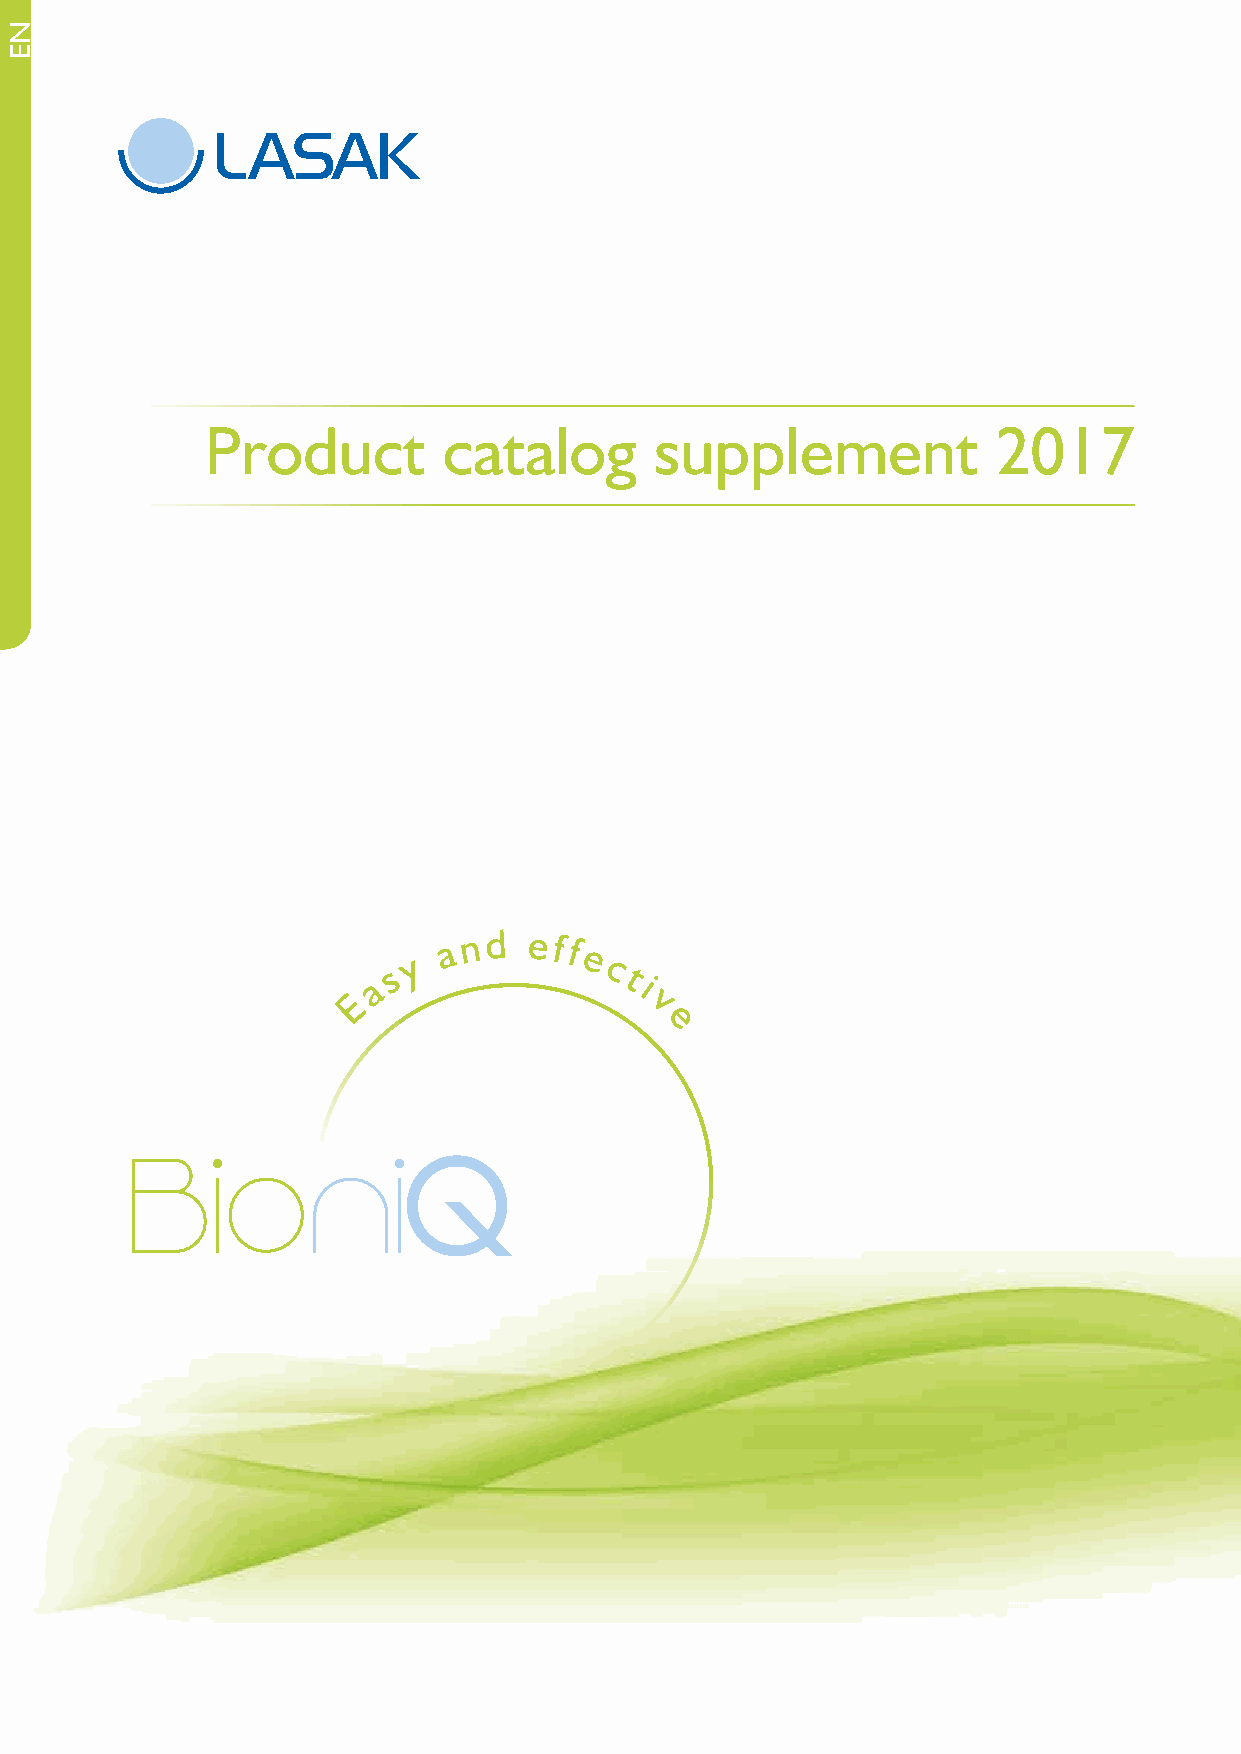
Product        catalog       supplement             2017
 y
 a n d eff
 e
 s             c t
 a                 i
 E                   v
 e
 NE